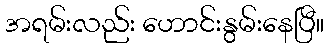
အရမ်းလည်း ဟောင်းနွမ်းနေပြီ။